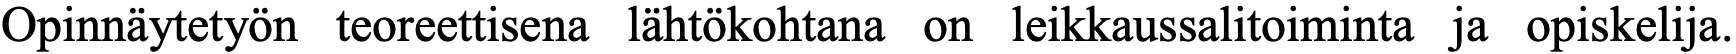
Opinnäytetyön teoreettisena lähtökohtana on leikkaussalitoiminta ja opiskelija.